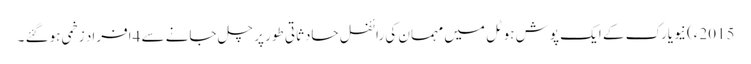
2015ء) نیویارک کے ایک پوش ہوٹل میں مہمان کی رائفل حادثاتی طور پر چل جانے سے 4افراد زخمی ہوگئے ۔